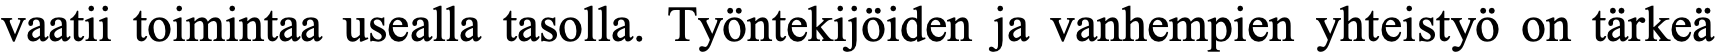
vaatii toimintaa usealla tasolla. Työntekijöiden ja vanhempien yhteistyö on tärkeä